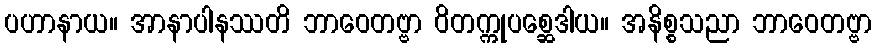
ပဟာနာယ။ အာနာပါနဿတိ ဘာဝေတဗ္ဗာ ဝိတက္ကုပစ္ဆေဒါယ။ အနိစ္စသညာ ဘာဝေတဗ္ဗာ